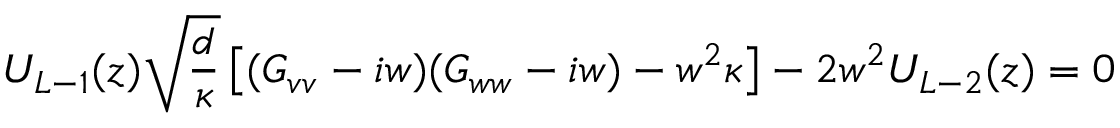
U _ { L - 1 } ( z ) \sqrt { \frac { d } { \kappa } } \left[ ( G _ { v v } - i w ) ( G _ { w w } - i w ) - w ^ { 2 } \kappa \right] - 2 w ^ { 2 } U _ { L - 2 } ( z ) = 0